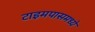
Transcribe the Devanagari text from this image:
टाइमपासमध्ये